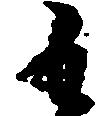
も